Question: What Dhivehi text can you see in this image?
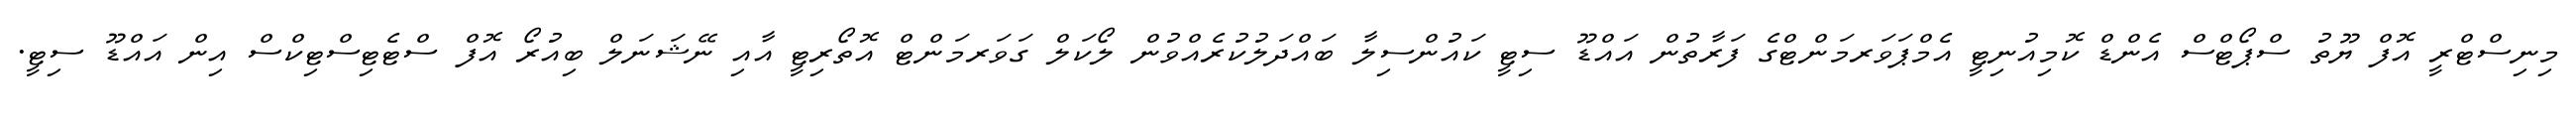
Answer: މިނިސްޓްރީ އޮފް ޔޫތު ސްޕޯޓްސް އެންޑް ކޮމިއުނިޓީ އެމްޕަވަރމަންޓްގެ ފަރާތުން އައްޑޫ ސިޓީ ކައުންސިލާ ބައްދަލުކުރެއްވުން ލޯކަލް ގަވަރމަންޓް އޮތޯރިޓީ އާއި ނޭޝަނަލް ބިއުރޯ އޮފް ސްޓެޓިސްޓިކްސް އިން އައްޑޫ ސިޓީ.